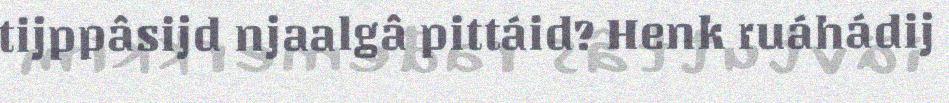
tijppâsijd njaalgâ pittáid? Henk ruáhádij